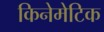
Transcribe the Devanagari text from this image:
किनेमेटिक